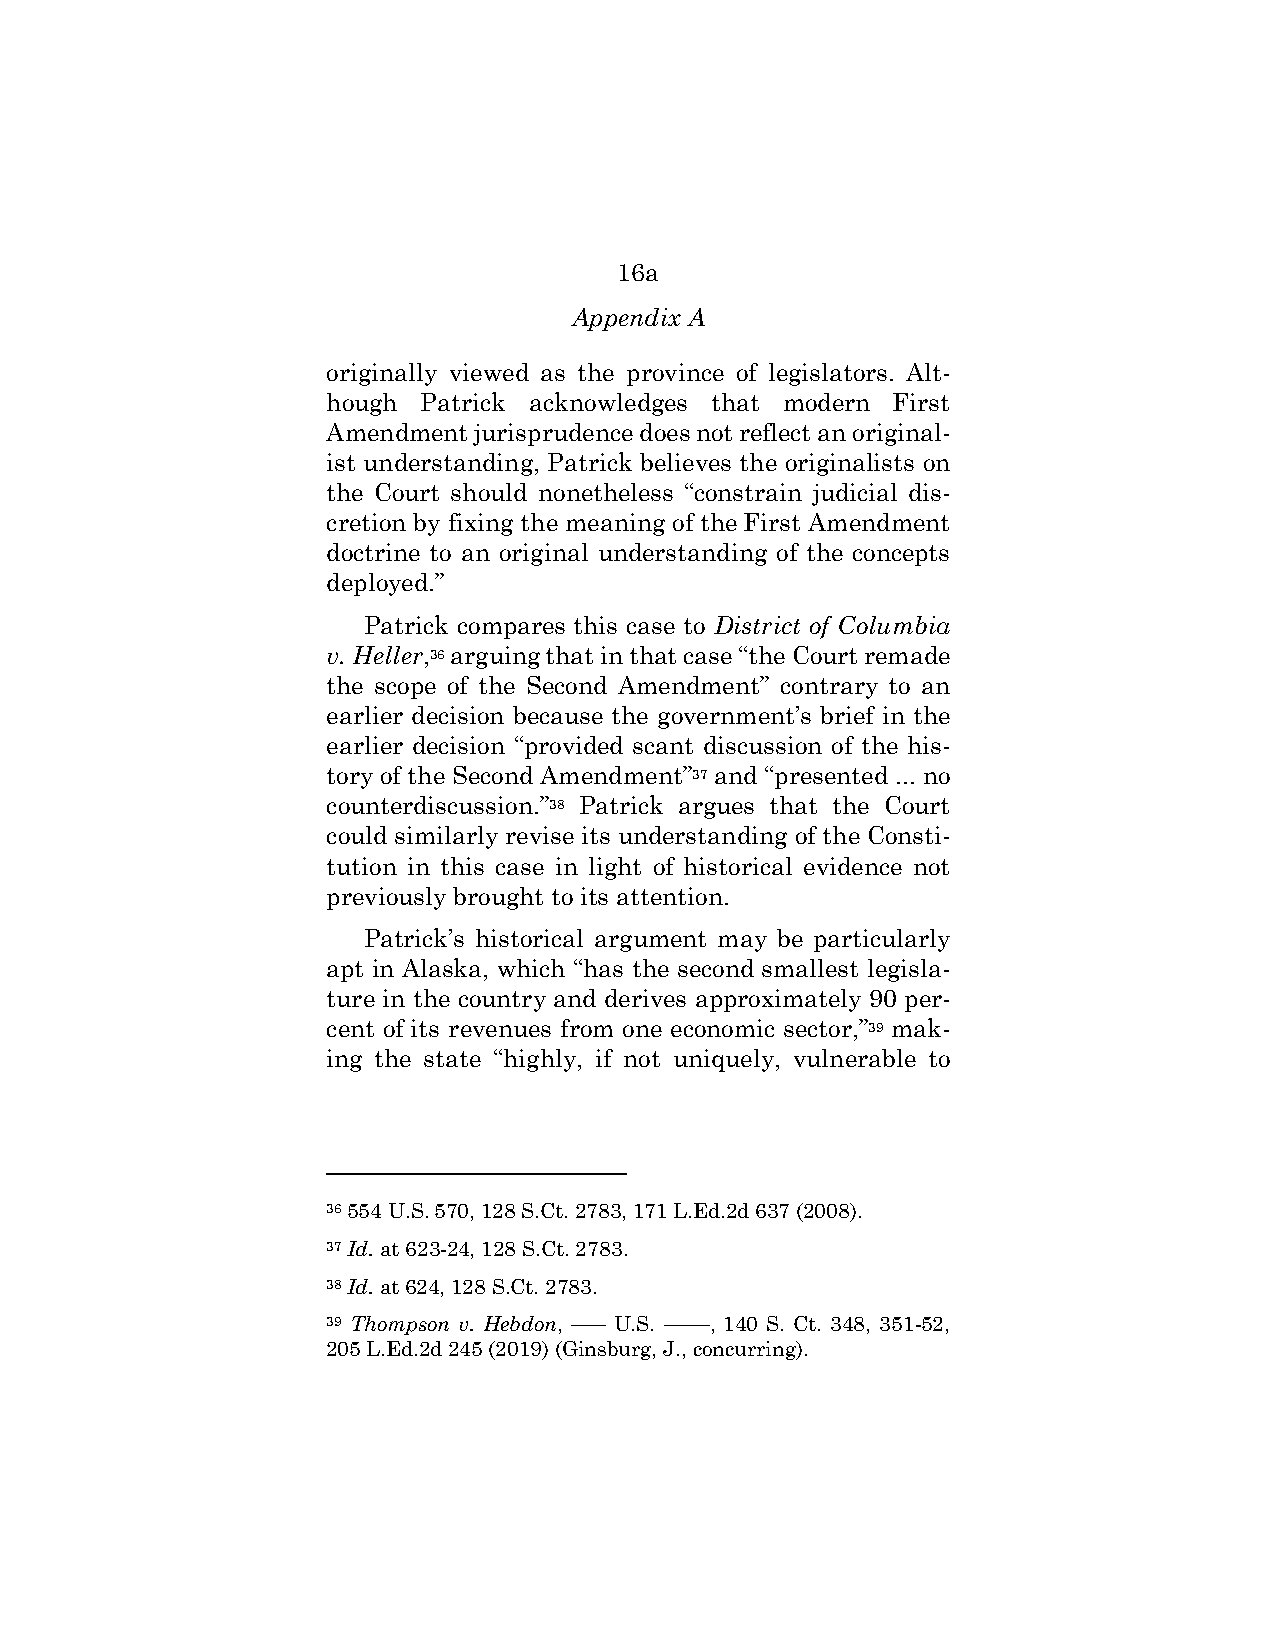
16a
 Appendix A
 originally viewed as the province of legislators. Alt-
 hough Patrick acknowledges that modern First
 Amendment jurisprudence does not reflect an original-
 ist understanding, Patrick believes the originalists on
 the Court should nonetheless “constrain judicial dis-
 cretion by fixing the meaning of the First Amendment
 doctrine to an original understanding of the concepts
 deployed.”
 Patrick compares this case to District of Columbia
 v. Heller,36 arguing that in that case “the Court remade
 the scope of the Second Amendment” contrary to an
 earlier decision because the government’s brief in the
 earlier decision “provided scant discussion of the his-
 tory of the Second Amendment”37 and “presented ... no
 counterdiscussion.”38 Patrick argues that the Court
 could similarly revise its understanding of the Consti-
 tution in this case in light of historical evidence not
 previously brought to its attention.
 Patrick’s historical argument may be particularly
 apt in Alaska, which “has the second smallest legisla-
 ture in the country and derives approximately 90 per-
 cent of its revenues from one economic sector,”39 mak-
 ing the state “highly, if not uniquely, vulnerable to
 36 554 U.S. 570, 128 S.Ct. 2783, 171 L.Ed.2d 637 (2008).
 37 Id. at 623-24, 128 S.Ct. 2783.
 38 Id. at 624, 128 S.Ct. 2783.
 39 Thompson v. Hebdon, ––– U.S. ––––, 140 S. Ct. 348, 351-52,
 205 L.Ed.2d 245 (2019) (Ginsburg, J., concurring).